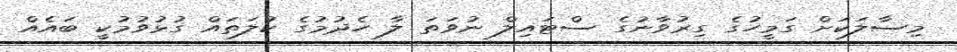
މިސާލަކަށް ގަމީހުގެ ގިރުވާނުގެ ސްޓައިލް ނުވަތަ ލާ ހެދުމުގެ ކުލަތައް ގުޅުވުމުކީ ބައެއް